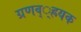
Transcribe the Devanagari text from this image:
ग्रणव््ह्रयक